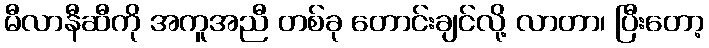
မီလာနီဆီကို အကူအညီ တစ်ခု တောင်းချင်လို့ လာတာ၊ ပြီးတော့